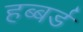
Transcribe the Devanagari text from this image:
हब्बर्ड